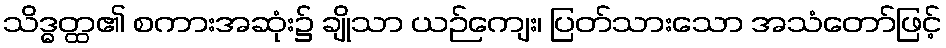
သိဒ္ဓတ္ထ၏ စကားအဆုံး၌ ချိုသာ ယဉ်ကျေး၊ ပြတ်သားသော အသံတော်ဖြင့်